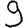
Digit: 9